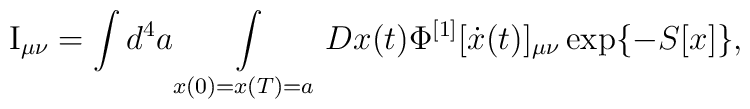
{\rm I}_{\mu \nu}=\int{d^4 a\int\limits_{x(0)= x(T)= a}{Dx(t)}}\Phi^{[1]}[\dot x(t)]_{\mu\nu} \exp\{- S[x]\},